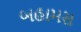
બહામસ